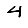
Digit: 4